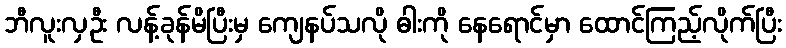
ဘီလူးလှဦး လန့်ခုန်မိပြီးမှ ကျေနပ်သလို ဓါးကို နေရောင်မှာ ထောင်ကြည့်လိုက်ပြီး